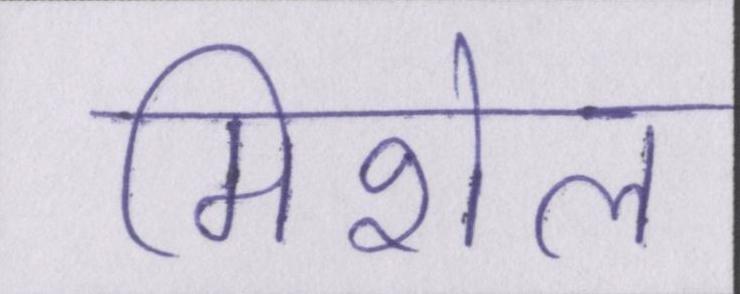
मिशेल